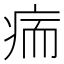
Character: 㾍